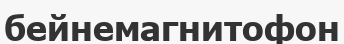
бейнемагнитофон